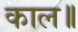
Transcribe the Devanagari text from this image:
काल॥